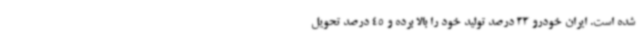
شده است. ایران خودرو 33 درصد تولید خود را بالا برده و 45 درصد تحویل